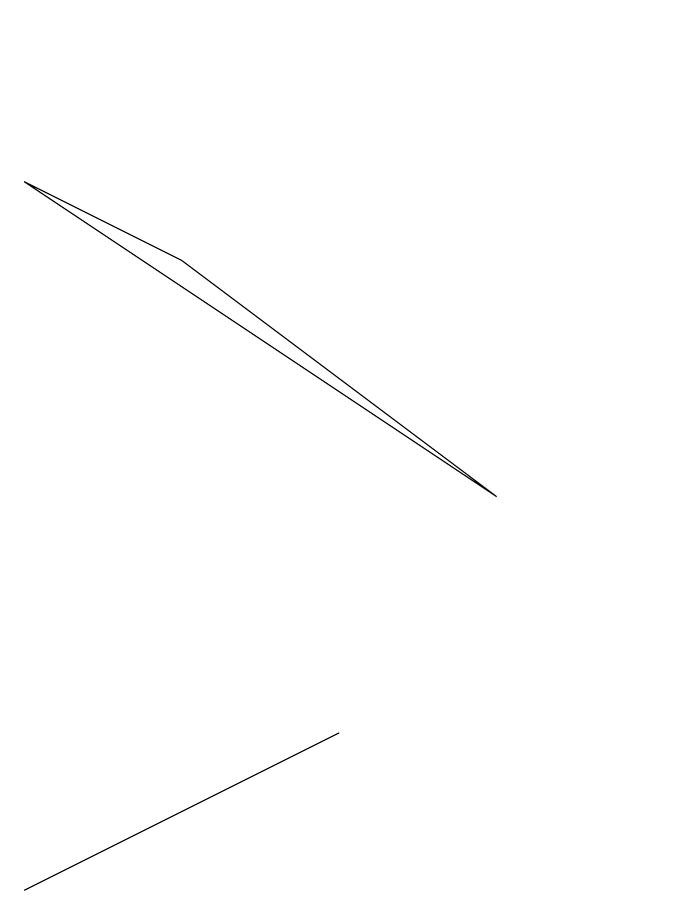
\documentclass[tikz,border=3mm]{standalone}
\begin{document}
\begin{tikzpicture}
\draw (10,11) circle (0);
\draw (2,0) -- (6,2) -- (4,1) -- cycle;
\draw (2,9) -- (8,5) -- (4,8) -- cycle;
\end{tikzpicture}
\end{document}